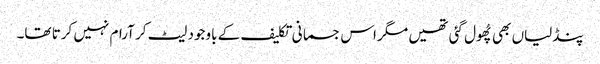
پنڈلیاں بھی پُھول گئی تھیں مگر اس جسمانی تکلیف کے باوجود لیٹ کر آرام نہیں کرتا تھا۔